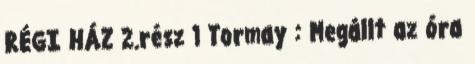
RÉGI HÁZ 2.rész 1 Tormay : Megállt az óra